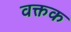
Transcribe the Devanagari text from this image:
वक्तक